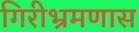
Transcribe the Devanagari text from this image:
गिरीभ्रमणास